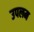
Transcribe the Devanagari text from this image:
उपलम